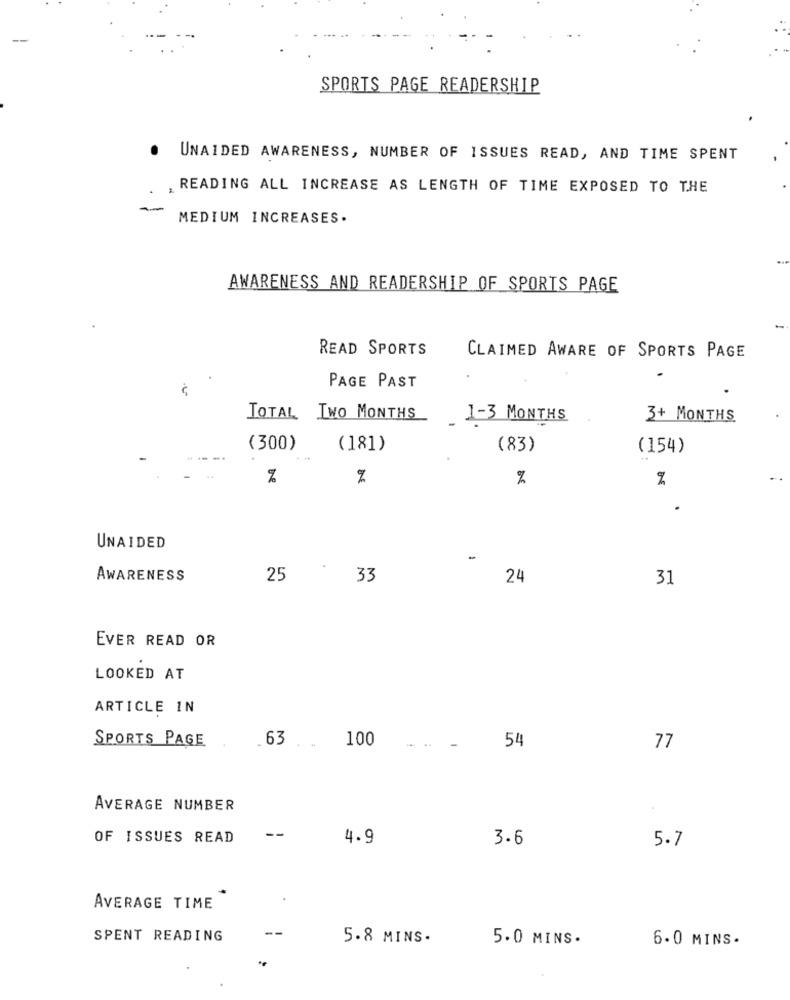
SPORTS PAGE READERSHIP
.
UNAIDED AWARENESS, NUMBER OF ISSUES READ, AND TIME SPENT
READING ALL INCREASE AS LENGTH OF TIME EXPOSED TO THE
MEDIUM INCREASES.
AWARENESS AND READERSHIP OF SPORTS PAGE
READ SPORTS
CLAIMED AWARE OF SPORTS PAGE
PAGE PAST
TOTAL TWO MONTHS
1-3 MONTHS
3+ MONTHS
(300)
(181)
(83)
(154)
%
.
UNAIDED
-
AWARENESS
25
33
24
31
EVER READ OR
LOOKED AT
ARTICLE IN
SPORTS PAGE
100
_63 ..
-
54
77
AVERAGE NUMBER
OF ISSUES READ
--
4.9
3.6
5.7
AVERAGE TIME
SPENT READING
5.8 MINS.
5.0 MINS.
6.0 MINS.